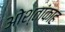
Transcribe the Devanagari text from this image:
ओश्तांकाह